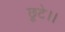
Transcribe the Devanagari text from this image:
छूटे।।